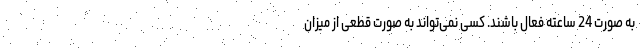
به صورت 24 ساعته فعال باشند. کسی نمی‌تواند به صورت قطعی از میزان